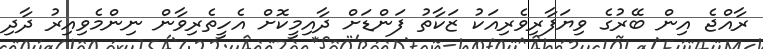
ރާއްޖެ އިން ބޭރުގެ ވިޔަފާރިވެރިއަކު ޒަކާތު ފަންޑަށް ދާއިމީކޮށް އެހީތެރިވާން ނިންމެވިއިރު ދާދި